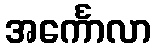
အင်္ကောလာ